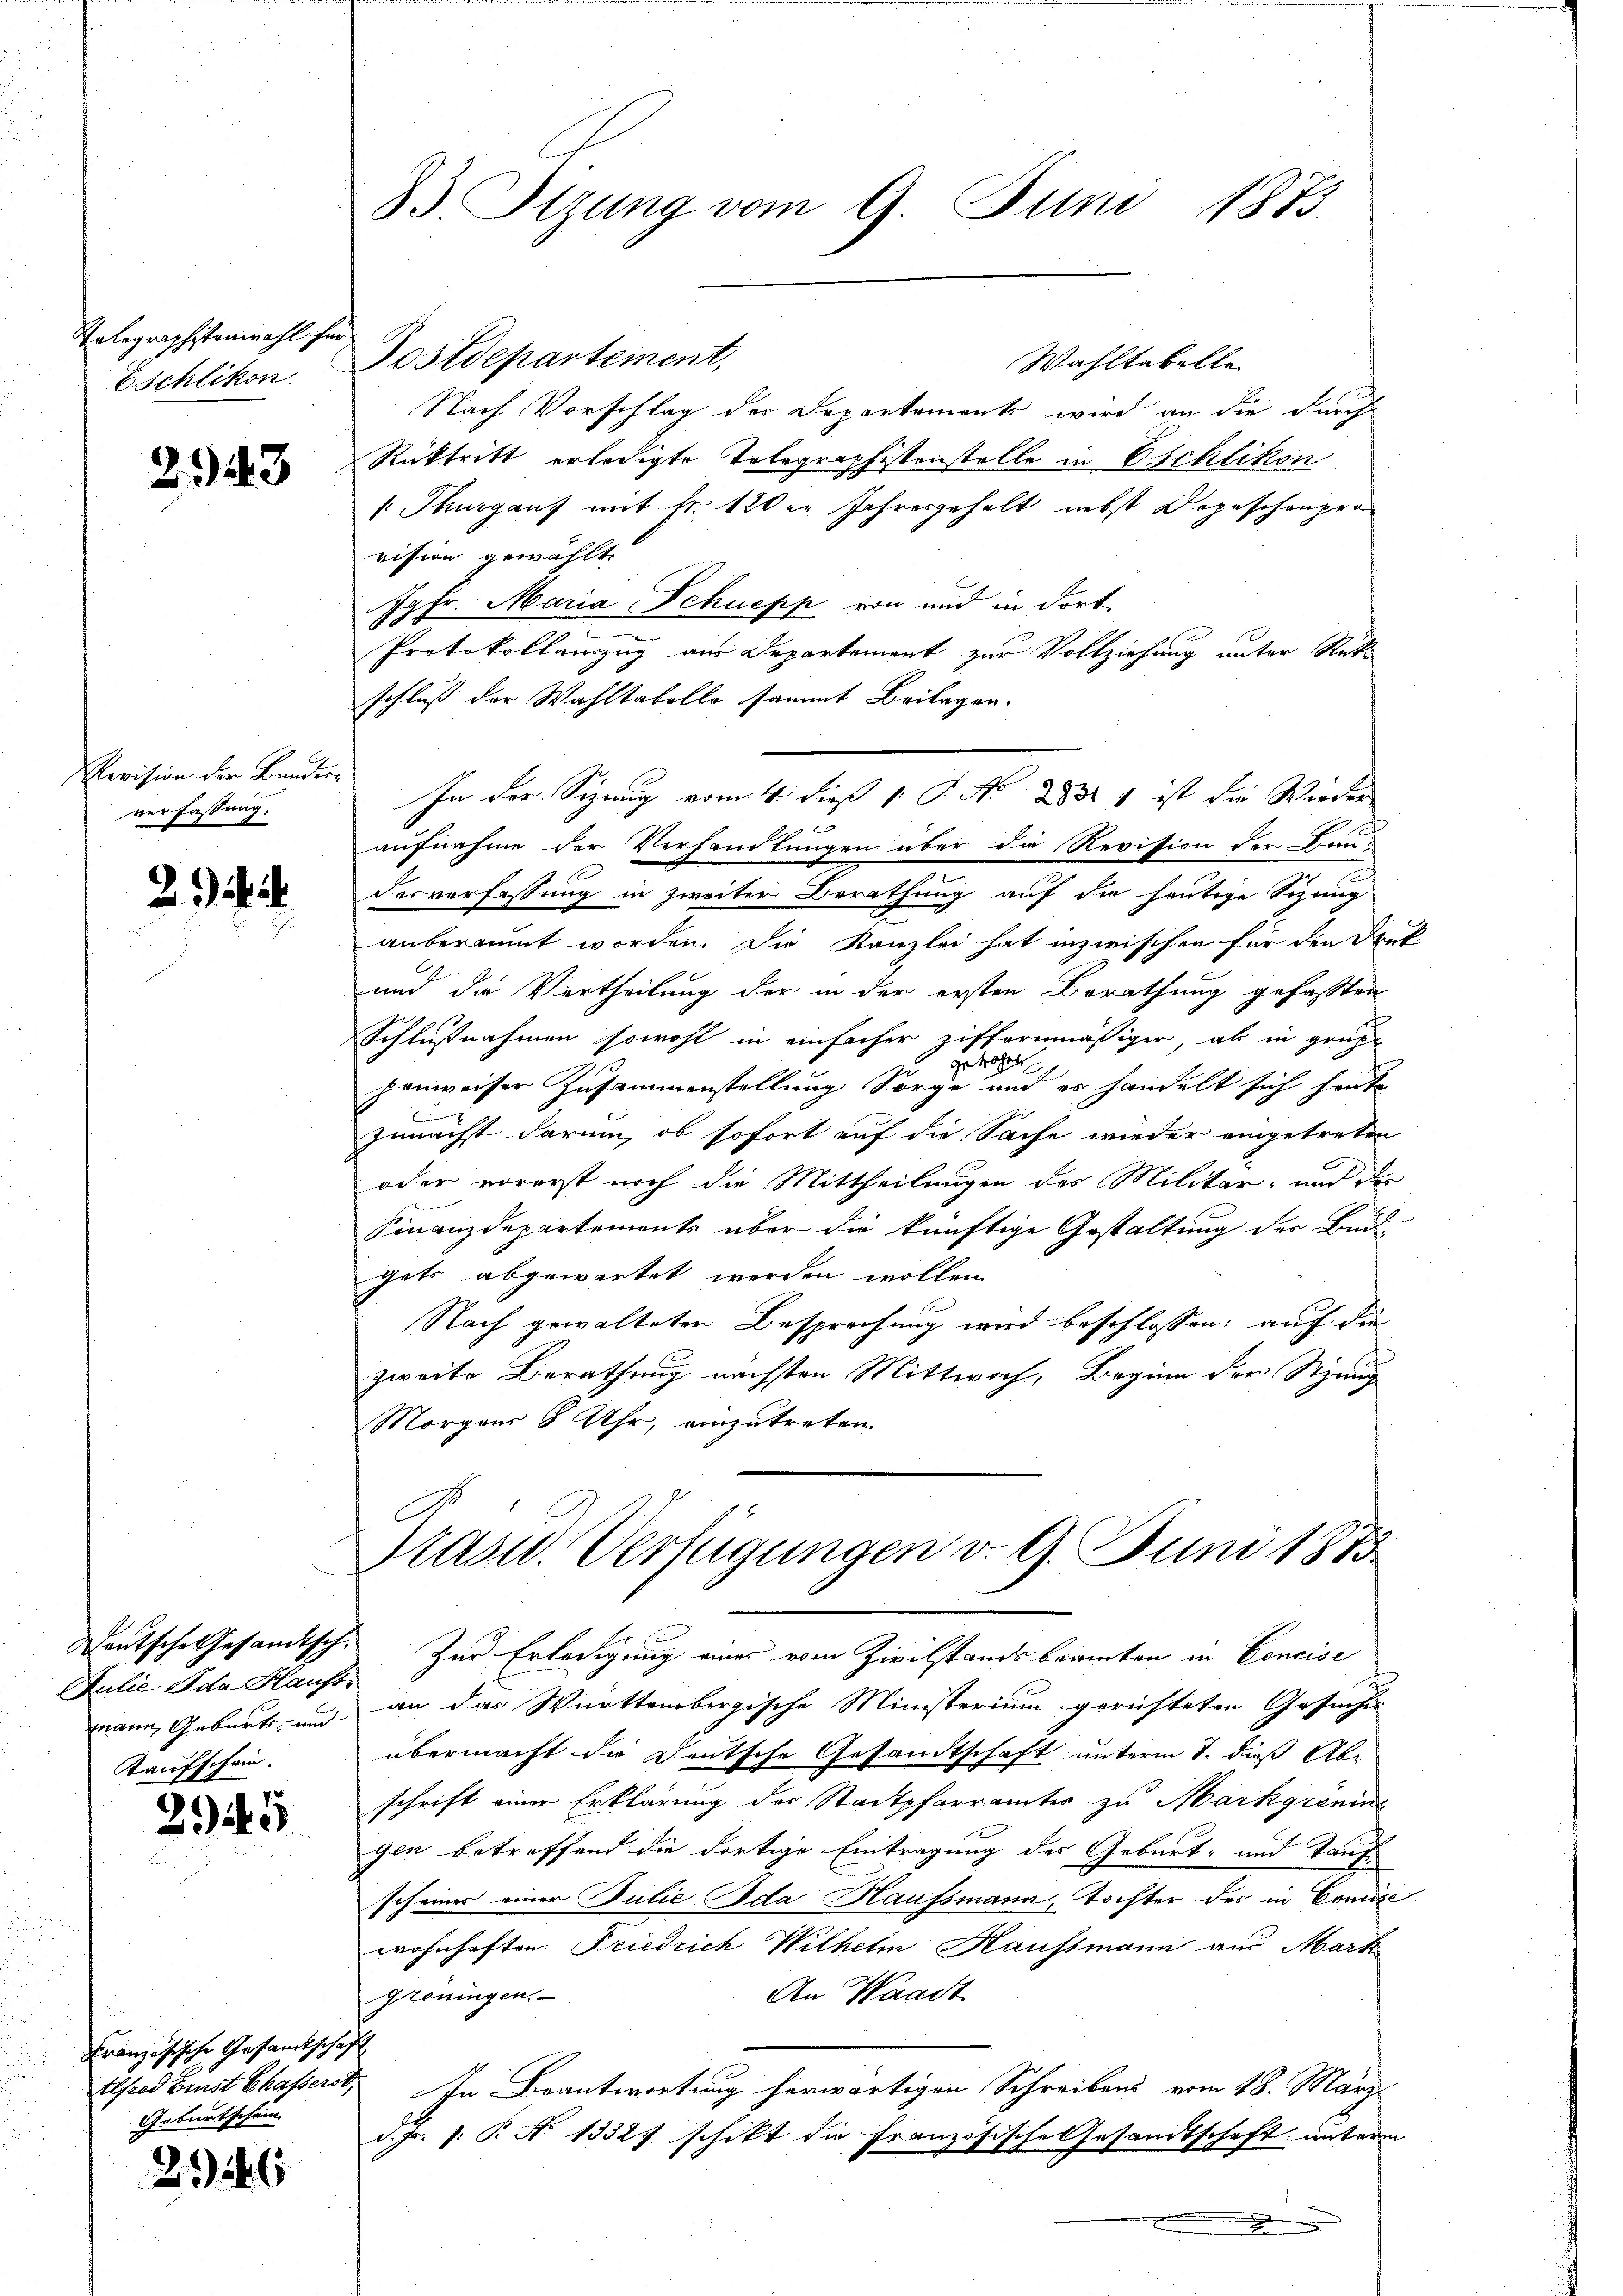
Kolegraphistenwahl se
Eschlikon.

2943

Revision der Bunder-
verfassung.

2

h

Julie Ida Haust
mann, Geburts- und
Kaufschein.

25

Französische Gesandtschaft
Geburtschein

2146

33 Stzung vom 9. Juni 1873.

Postdepartement,
Wahltabelle
Nach Vorschlag der Departements wird an die durch
Rücktritt erledigte Tolegraphistenstelle in Eschlikon
 Thurganz mit fr. 120er Jahresgehalt nebst Depeschenpro
vision gewählt,
G
99fr. Maria Schnepp von und in dort.
Protokollanzug aus Departement zur Vollziehung unter Rücks
schluß der Wahltabello sammt Beilagen.
aufnahme der Verhandlungen über die Revision der Hau¬
.
desverfassung in zweiter Berathung auf die heutige Sizung
anberaumt worden. Die Kanzlei hat inzwischen für den Denk-
und die Vertheilung der in der ersten Berathung gefaßten
Schlußnahmen sowohl in einfacher ziffernmäßiger, als in grüße
gebrach
penweiser Zusammenstellung Sorge und es handelt sich heute
zunächst darum, ob sofort auf die Sache wieder eingetreten
oder vorerst noch die Mittheilungen des Militär- und der
Finanzdepartements über die künftige Gestaltung der Beil
gets abgewartet werden wollen.
b
Nach gewalteten Besprechung wird beschlossen; auch die
zweite Berathung nächsten Mittwoch, Beginn der Stimu
Morgens 8 Uhr, einzutreten.

In der Sizung vom 4 dieß 1 S. N. 251 1 ist die Wieder

Grasw. Verfügungen v. 9. Juni 1873

Deutsche Gesandtsch. Zur Erledigung eines vom Zivilstandsbeamten in Concise
an das Württembergische Ministerium gerichteten Gesuches
übermacht die Deutsche Gesandtschaft unterm 7. dieß Abschrift einer Erklärung der Stadtpfarramtes zu Markgranina
gen betreffend die dortige Eintragung des Geburt und Taufscheiner einer Julie Ida Haufsmann, Tochter des in Comise
wohnhaften Friedrich Wilhelm Haussmann aus Mark
An Waadt
Gröningen.
Alfred Ernst Chasserst. In Beantwortung herwärtigen Schreibens vom 18. März
d. Js. s: P. Nr. 1332 schikt die Französische Gesandtschaft unterm
J